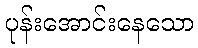
ပုန်းအောင်းနေသော